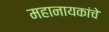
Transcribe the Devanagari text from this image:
महानायकांचे